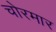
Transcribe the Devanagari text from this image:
चोरमार